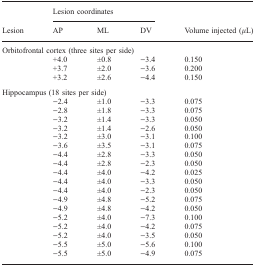
<table><thead><tr><td></td><td colspan="3"><b>Lesion coordinates</b></td><td></td></tr><tr><td><b>Lesion</b></td><td><b>AP</b></td><td><b>ML</b></td><td><b>DV</b></td><td><b>Volume injected (μL)</b></td></tr></thead><tbody><tr><td colspan="5">Orbitofrontal cortex (three sites per side)</td></tr><tr><td></td><td>+4.0</td><td>±0.8</td><td>−3.4</td><td>0.150</td></tr><tr><td></td><td>+3.7</td><td>±2.0</td><td>−3.6</td><td>0.200</td></tr><tr><td></td><td>+3.2</td><td>±2.6</td><td>−4.4</td><td>0.150</td></tr><tr><td colspan="5">Hippocampus (18 sites per side)</td></tr><tr><td></td><td>−2.4</td><td>±1.0</td><td>−3.3</td><td>0.075</td></tr><tr><td></td><td>−2.8</td><td>±1.8</td><td>−3.3</td><td>0.075</td></tr><tr><td></td><td>−3.2</td><td>±1.4</td><td>−3.3</td><td>0.050</td></tr><tr><td></td><td>−3.2</td><td>±1.4</td><td>−2.6</td><td>0.050</td></tr><tr><td></td><td>−3.2</td><td>±3.0</td><td>−3.1</td><td>0.100</td></tr><tr><td></td><td>−3.6</td><td>±3.5</td><td>−3.1</td><td>0.075</td></tr><tr><td></td><td>−4.4</td><td>±2.8</td><td>−3.3</td><td>0.050</td></tr><tr><td></td><td>−4.4</td><td>±2.8</td><td>−2.3</td><td>0.050</td></tr><tr><td></td><td>−4.4</td><td>±4.0</td><td>−4.2</td><td>0.025</td></tr><tr><td></td><td>−4.4</td><td>±4.0</td><td>−3.3</td><td>0.050</td></tr><tr><td></td><td>−4.4</td><td>±4.0</td><td>−2.3</td><td>0.050</td></tr><tr><td></td><td>−4.9</td><td>±4.8</td><td>−5.2</td><td>0.075</td></tr><tr><td></td><td>−4.9</td><td>±4.8</td><td>−4.2</td><td>0.050</td></tr><tr><td></td><td>−5.2</td><td>±4.0</td><td>−7.3</td><td>0.100</td></tr><tr><td></td><td>−5.2</td><td>±4.0</td><td>−4.2</td><td>0.075</td></tr><tr><td></td><td>−5.2</td><td>±4.0</td><td>−3.5</td><td>0.050</td></tr><tr><td></td><td>−5.5</td><td>±5.0</td><td>−5.6</td><td>0.100</td></tr><tr><td></td><td>−5.5</td><td>±5.0</td><td>−4.9</td><td>0.075</td></tr></tbody></table>